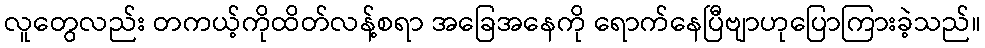
လူတွေလည်း တကယ့်ကိုထိတ်လန့်စရာ အခြေအနေကို ရောက်နေပြီဗျာဟုပြောကြားခဲ့သည်။